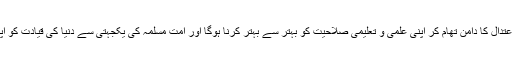
اسی طرح امت مسلمہ کو درپیش چیلنجز سے عہدہ برآ ہونے کیلئے تحمل و اعتدال کا دامن تھام کر اپنی علمی و تعلیمی صلاحیت کو بہتر سے بہتر کرنا ہوگا اور امت مسلمہ کی یکجہتی سے دنیا کی قیادت کو اپنے ہاتھ میں لینے کی کوشش کرنی ہوگی تاکہ دنیا امن کا گہوارہ بن سکے‘‘۔